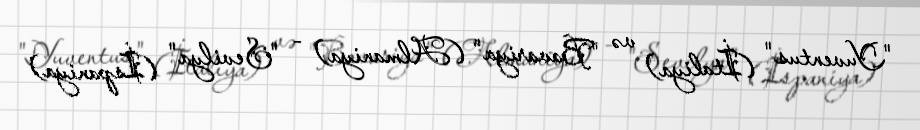
"Yuventus" (İtaliya) və "Bavariya" (Almaniya) - "Sevilya" (İspaniya)